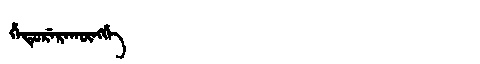
Manchu: ᡥᡝᡨᡠᡵᡝᡵᠠᡴᡡᠩᡤᡝ
Romanization: HETURERAKŪNGGE